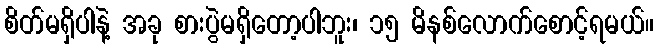
စိတ်မရှိပါနဲ့ အခု စားပွဲမရှိတော့ပါဘူး၊ ၁၅ မိနစ်လောက်စောင့်ရမယ်။